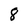
Character: 8